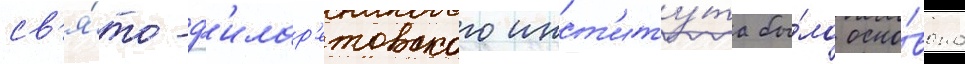
св'я́то-ф'илар'етовского инст'иту́та бы́ло осно́вано